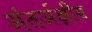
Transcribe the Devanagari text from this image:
अंतर्अक्षीय